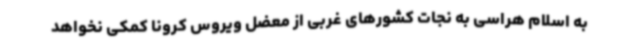
به اسلام هراسی به نجات کشورهای غربی از معضل ویروس کرونا کمکی نخواهد